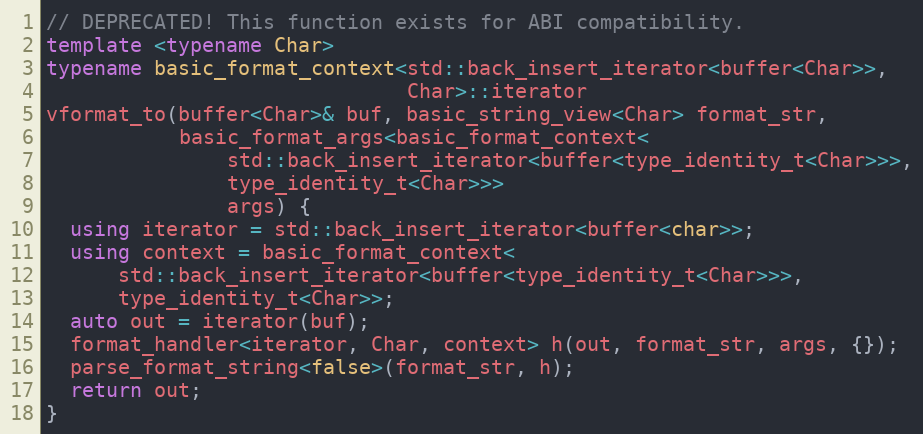
Language: C++
// DEPRECATED! This function exists for ABI compatibility.
template <typename Char>
typename basic_format_context<std::back_insert_iterator<buffer<Char>>,
                              Char>::iterator
vformat_to(buffer<Char>& buf, basic_string_view<Char> format_str,
           basic_format_args<basic_format_context<
               std::back_insert_iterator<buffer<type_identity_t<Char>>>,
               type_identity_t<Char>>>
               args) {
  using iterator = std::back_insert_iterator<buffer<char>>;
  using context = basic_format_context<
      std::back_insert_iterator<buffer<type_identity_t<Char>>>,
      type_identity_t<Char>>;
  auto out = iterator(buf);
  format_handler<iterator, Char, context> h(out, format_str, args, {});
  parse_format_string<false>(format_str, h);
  return out;
}